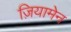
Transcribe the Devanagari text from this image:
ज़ियामेन